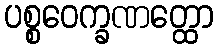
ပစ္စဝေက္ခဏတ္ထော